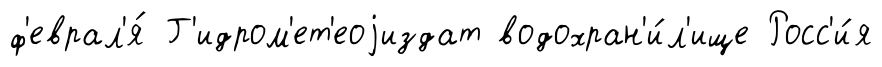
ф'еврал'я́ Г'идром'ет'еоjиздат водохран'и́л'ище Росс'и́я